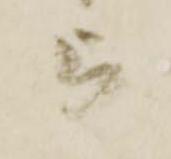
被